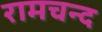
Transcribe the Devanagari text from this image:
रामचन्द